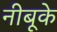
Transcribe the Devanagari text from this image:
नीबूके